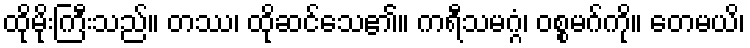
ထိုမိုးကြီးသည်။ တဿ၊ ထိုဆင်သေ၏။ ကရီသမဂ္ဂံ၊ ဝစ္စမဂ်ကို။ တေမယိ၊